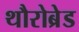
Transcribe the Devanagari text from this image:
थौरोब्रेड